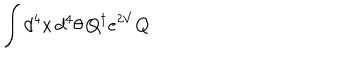
\int d ^ { 4 } x \, d ^ { 4 } \theta \, Q ^ { \dagger } e ^ { 2 V } Q